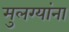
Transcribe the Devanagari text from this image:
मुलग्यांना